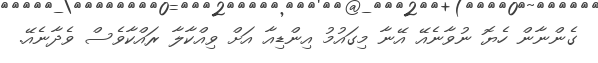
ގެންނާން ހެޔޮ ނުވާނެއޭ އޭނާ މިގައުމު އިންޑިއާ އަށް ވިއްކާލާ ރައްކާވެސް ވެދާނެއޭ.